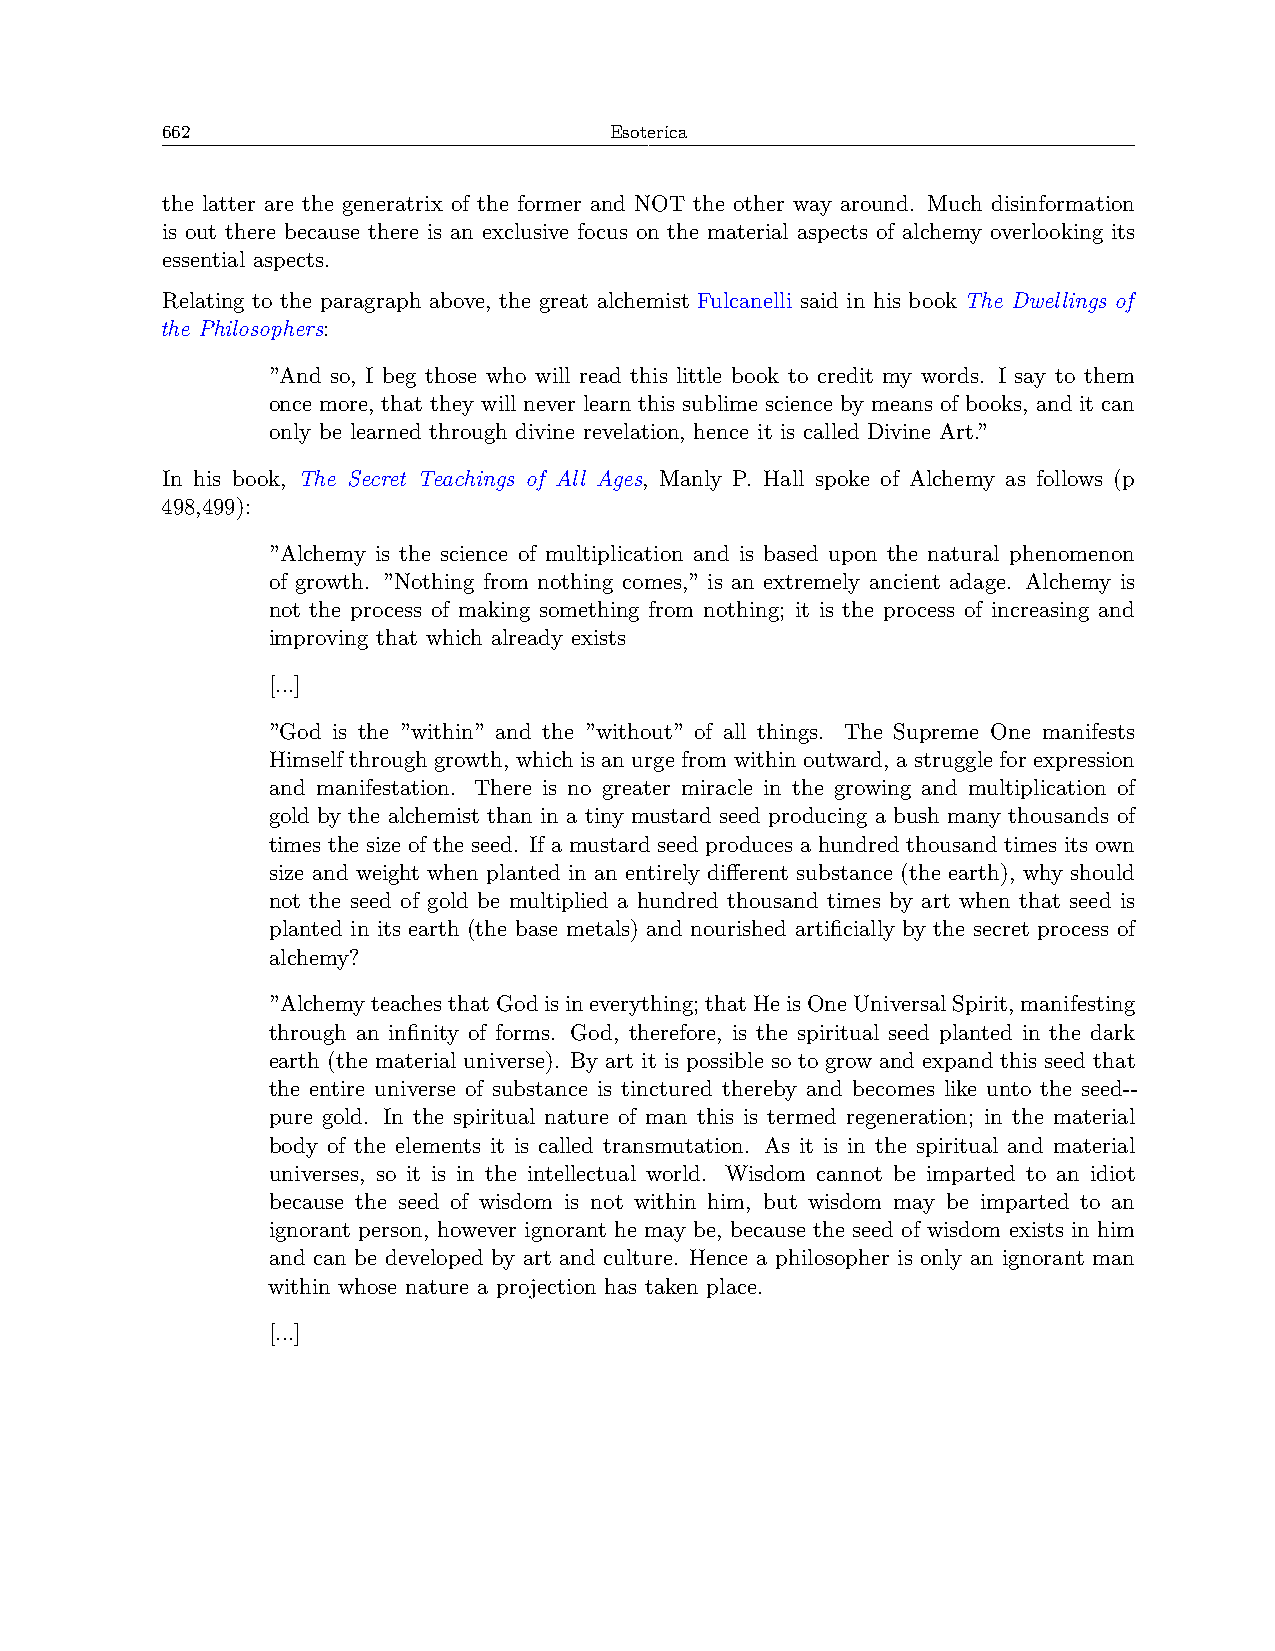
662                          Esoterica
 the latter are the generatrix of the former and NOT the other way around. Much disinformation
 is out there because there is an exclusive focus on the material aspects of alchemy overlooking its
 essential aspects.
 Relating to the paragraph above, the great alchemist Fulcanelli said in his book The Dwellings of
 the Philosophers:
 ”And so, I beg those who will read this little book to credit my words. I say to them
 once more, that they will never learn this sublime science by means of books, and it can
 only be learned through divine revelation, hence it is called Divine Art.”
 In his book, The Secret Teachings of All Ages, Manly P. Hall spoke of Alchemy as follows (p
 498,499):
 ”Alchemy is the science of multiplication and is based upon the natural phenomenon
 of growth. ”Nothing from nothing comes,” is an extremely ancient adage. Alchemy is
 not the process of making something from nothing; it is the process of increasing and
 improving that which already exists
 [...]
 ”God is the ”within” and the ”without” of all things. The Supreme One manifests
 Himself through growth, which is an urge from within outward, a struggle for expression
 and manifestation. There is no greater miracle in the growing and multiplication of
 gold by the alchemist than in a tiny mustard seed producing a bush many thousands of
 times the size of the seed. If a mustard seed produces a hundred thousand times its own
 size and weight when planted in an entirely different substance (the earth), why should
 not the seed of gold be multiplied a hundred thousand times by art when that seed is
 planted in its earth (the base metals) and nourished artificially by the secret process of
 alchemy?
 ”AlchemyteachesthatGodisineverything; thatHeisOneUniversalSpirit,manifesting
 through an infinity of forms. God, therefore, is the spiritual seed planted in the dark
 earth (the material universe). By art it is possible so to grow and expand this seed that
 the entire universe of substance is tinctured thereby and becomes like unto the seed--
 pure gold. In the spiritual nature of man this is termed regeneration; in the material
 body of the elements it is called transmutation. As it is in the spiritual and material
 universes, so it is in the intellectual world. Wisdom cannot be imparted to an idiot
 because the seed of wisdom is not within him, but wisdom may be imparted to an
 ignorant person, however ignorant he may be, because the seed of wisdom exists in him
 and can be developed by art and culture. Hence a philosopher is only an ignorant man
 within whose nature a projection has taken place.
 [...]